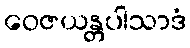
ဝေဇယန္တပါသာဒံ